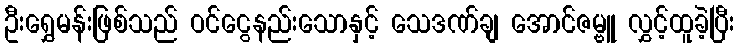
ဦးရွှေမန်းဖြစ်သည် ဝင်ငွေနည်းသောနှင့် သေဒဏ်ချ အောင်ဇမ္ဗူ လွှင့်ထူခဲ့ပြီး